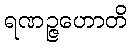
ရဏဉ္ဇဟောတိ